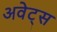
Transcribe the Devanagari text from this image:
अवेट्स